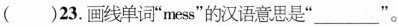
()23.画线单词"mess"的汉语意思是"___"。